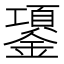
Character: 𰽈